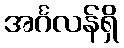
အင်္ဂလန်ရှိ